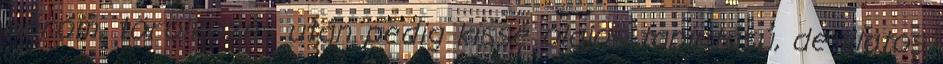
bőröm, törölközés után pedig kissé olajos tapintású, de illatos